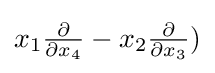
x_{1}{\tfrac {\partial }{\partial x_{4}}}-x_{2}{\tfrac {\partial }{\partial x_{3}}})